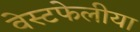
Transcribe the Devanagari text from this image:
वेस्टफेलीया